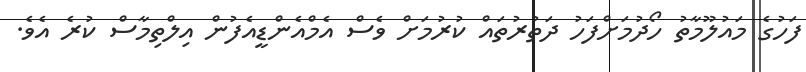
ފަހުގެ މައުލޫމާތު ހޯދުމަށްފަހު ދަތުރުތައް ކުރުމަށް ވެސް އެމްއެންޑީއެފުން އިލްތިމާސް ކުރެ އެވެ.